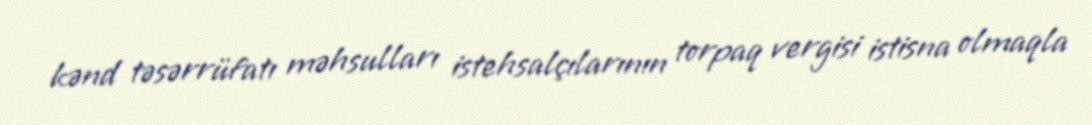
kənd təsərrüfatı məhsulları istehsalçılarının torpaq vergisi istisna olmaqla